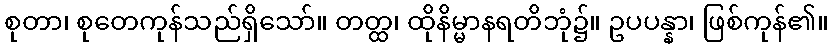
စုတာ၊ စုတေကုန်သည်ရှိသော်။ တတ္ထ၊ ထိုနိမ္မာနရတိဘုံ၌။ ဥပပန္နာ၊ ဖြစ်ကုန်၏။